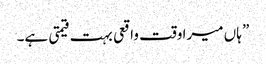
” ہاں میرا وقت واقعی بہت قیمتی ہے۔